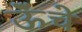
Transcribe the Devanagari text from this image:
ऊॅंचे